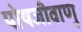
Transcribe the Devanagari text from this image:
पोषजीवाणु